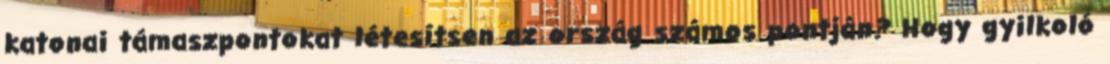
katonai támaszpontokat létesítsen az ország számos pontján? Hogy gyilkoló